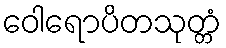
ဝေါရောပိတသုတ္တံ